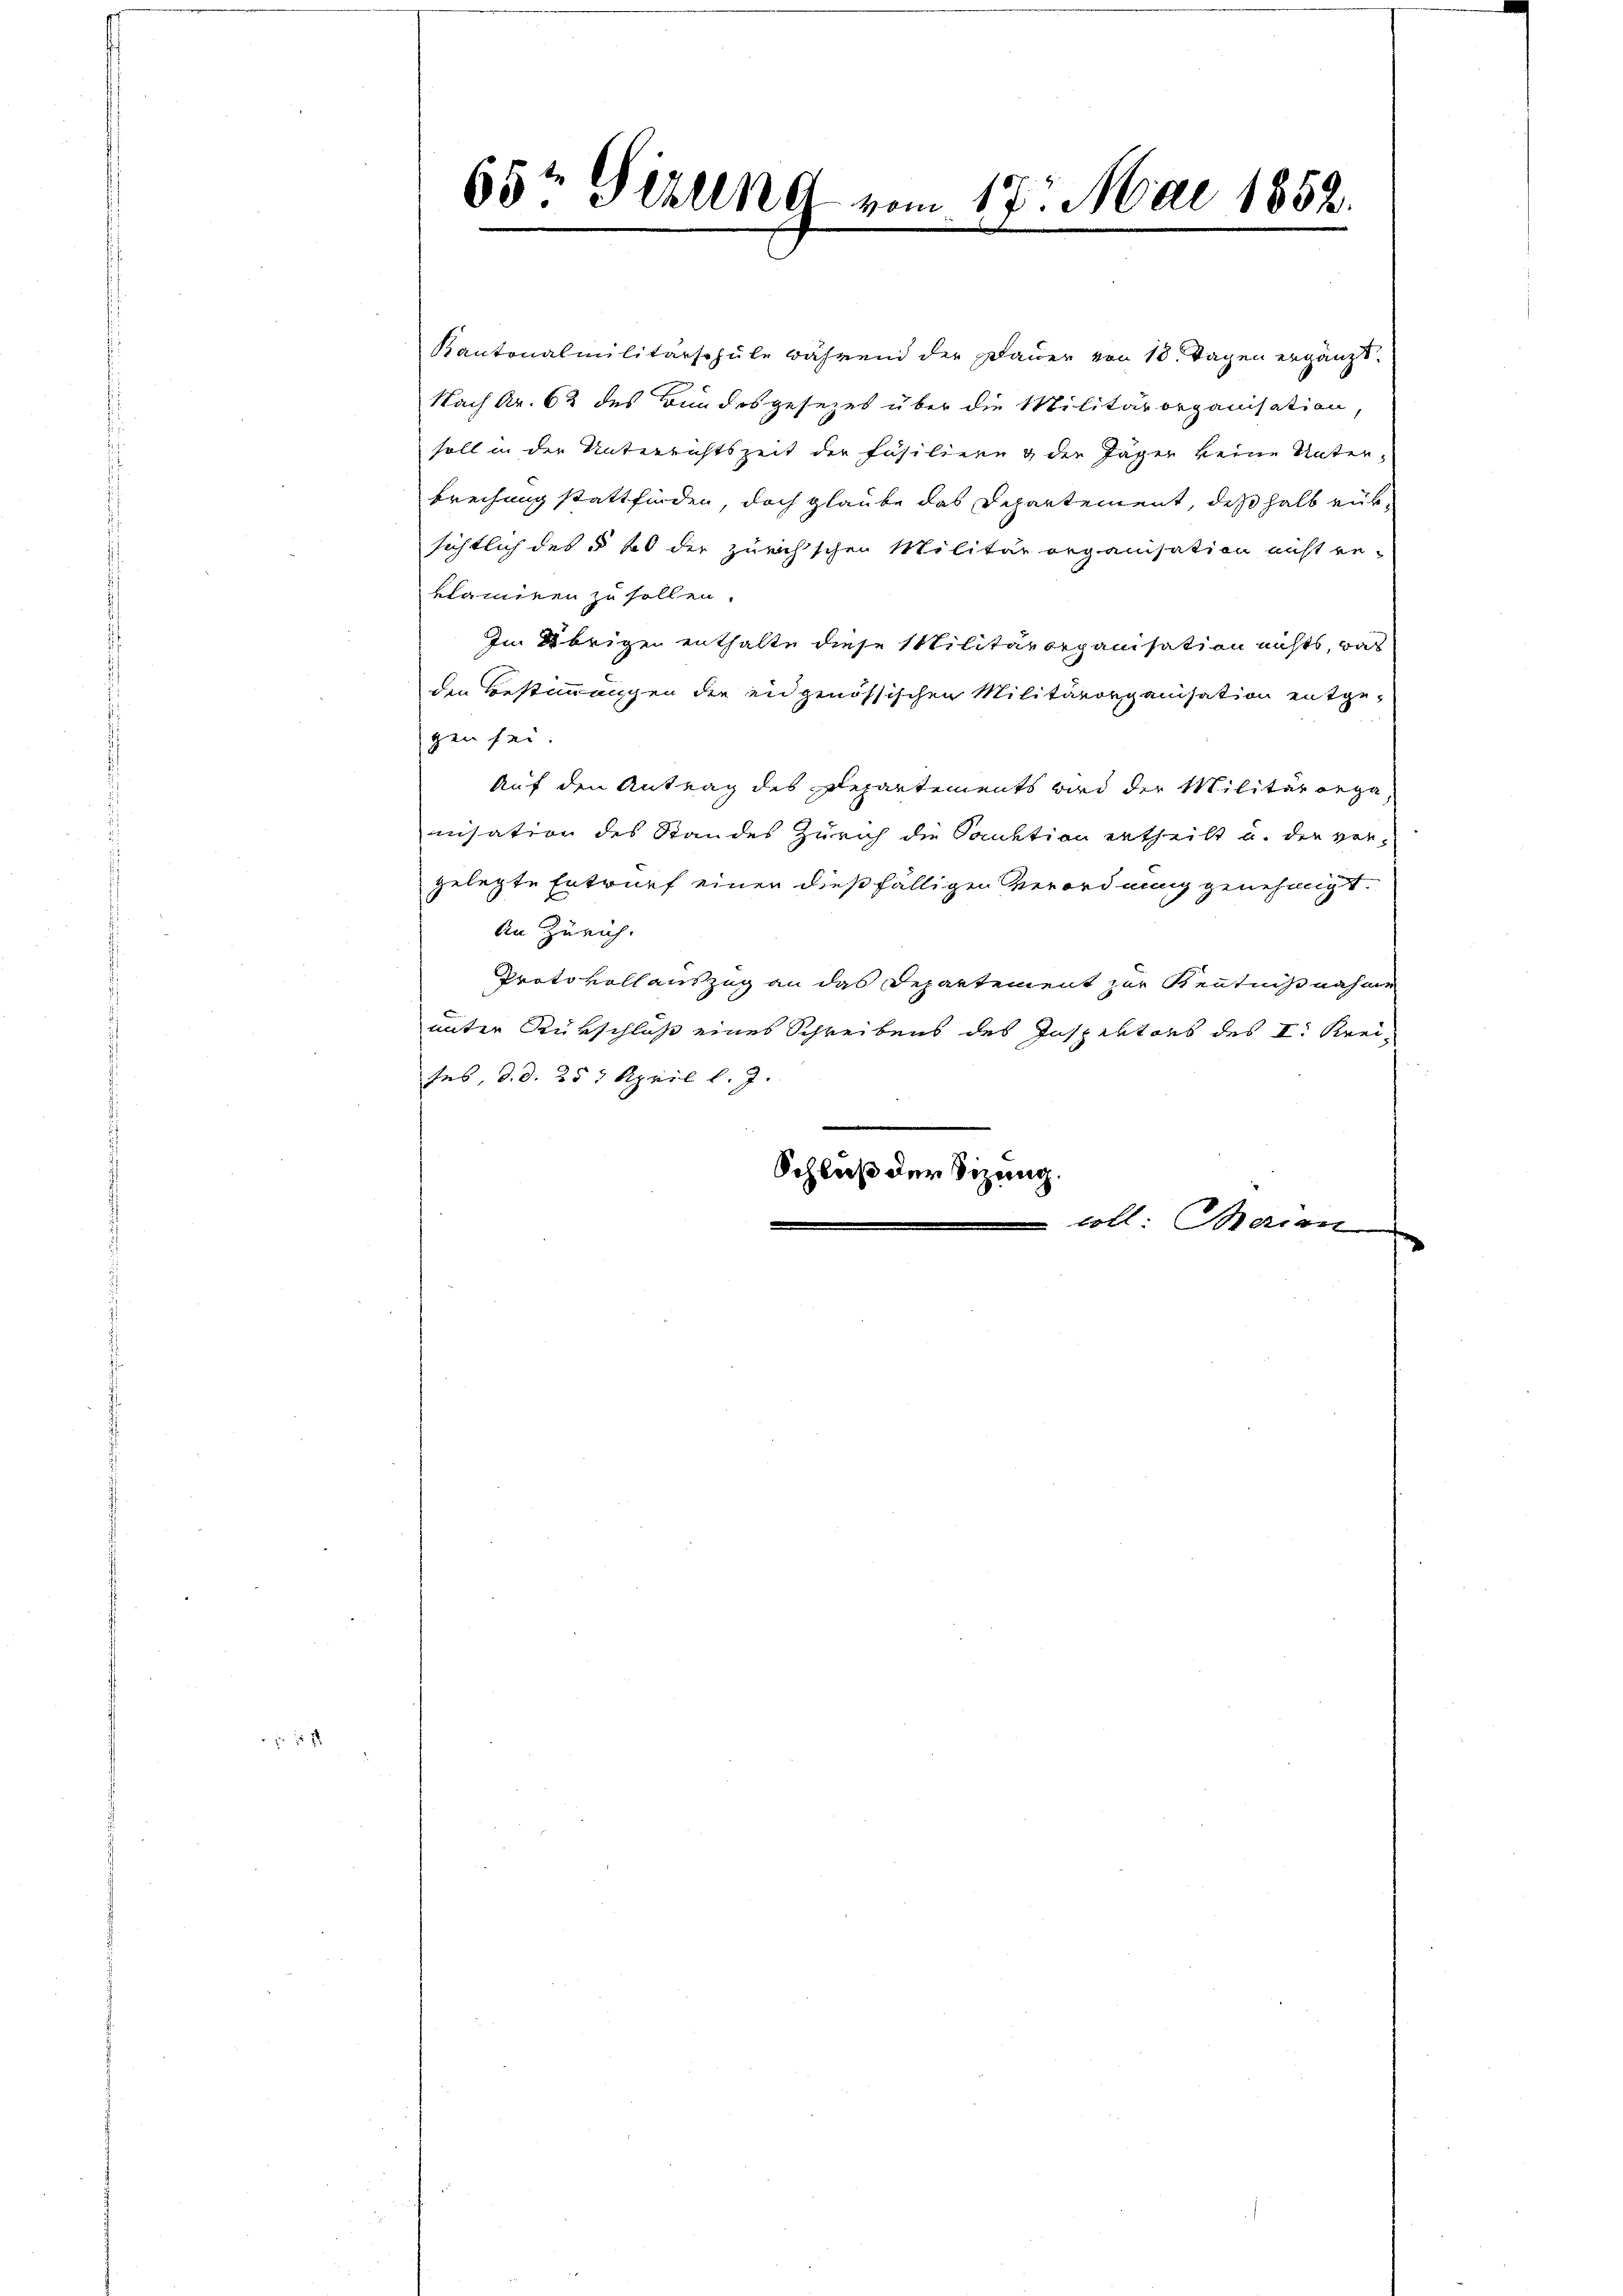
2

65t Serung vom 17. Mai 1852.

Kantonalmilitärschule während der Dauer von 10 Tagen ergänzt
Nach Kr. 62 des Bundesgesezes über die Militärorganisation,
soll in der Unterrichtszeit der Fäsilien & der Jäger keine Unter-
brechung stattfinden, doch glaube das Departement, deßhalb entsichtlich des § 6 der zürichschen Militärorganisation nicht re-
klamiren zu sollen.
Im Übrigen enthalte diese Militärorganisation nichts, was
den Bestimmungen der eidgenössischen Militärorganisation entge-
gen sei
Auf den Antrag des Departements wird der Militärorga
nisation des Standes Zürich die Sanktion ertheilt u. der vergelegte Entwurf einer dießfälligen Verordnung genehmigt.
An Zürich.
Protokoll auszug an das Departement zur Kenntnißnahme
unter Rükschluß eines Schreibens des Inspektors des I. Kreises, d. d. 257 April l. J.
3
Schluß der Sitzung.
tl Meran